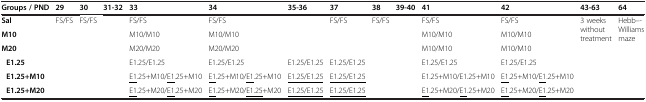
| Groups / PND | 29 | 30 | 31-32 | 33 | 34 | 35-36 | 37 | 38 | 39-40 | 41 | 42 | 43-63 | 64 |
 | --- | --- | --- | --- | --- | --- | --- | --- | --- | --- | --- | --- | --- | --- |
 | Sal | FS/FS | FS/FS | <ROWSPAN=5>  | FS/FS | FS/FS |  | FS/FS | FS/FS | <ROWSPAN=5>  | FS/FS | FS/FS | <ROWSPAN=5> 3 weeks without treatment | <ROWSPAN=5> Hebb--‐ Williams maze |
 | M10 | <ROWSPAN=4>  | <ROWSPAN=4>  | M10/M10 | M10/M10 |  |  |  | M10/M10 | M10/M10 |
 | M20 | M20/M20 | M20/M20 |  |  |  | M10/M10 | M10/M10 |
 | E1.25 | E1.25/E1.25 | E1.25/E1.25 | E1.25/E1.25 | E1.25/E1.25 |  | E1.25/E1.25 | E1.25/E1.25 |
 | E1.25+M10 | <underline>E1</underline>.25+M10/<underline>E1</underline>.25+M10 | <underline>E1</underline>.25+M10/<underline>E1</underline>.25+M10 | <underline>E1.25/E1.25</underline> | <underline>E1.25/E1.25</underline> |  | E1.25+M10/E1.25+M10 | <underline>E1</underline>.25+M10/<underline>E1</underline>.25+M10 |
 | E1.25+M20 |  |  |  | <underline>E1</underline>.25+M20/<underline>E1</underline>.25+M20 | <underline>E1</underline>.25+M20/<underline>E1.25</underline>+M20 | <underline>E1.25/E1.25</underline> | <underline>E1.25/E1.25</underline> |  |  | <underline>E1</underline>.25+M20/<underline>E1</underline>.25+M20 | <underline>E1</underline>.25+M20/<underline>E1</underline>.25+M20 |  |  |